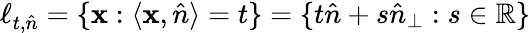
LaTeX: \ell_{t,\hat{n}}=\{ \mathbf{x}:\langle\mathbf{x},\hat{n}\rangle=t\} =\{ t\hat{n}+s\hat{n}_{\perp}:s\in\mathbb{R}\}